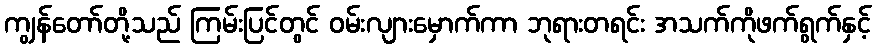
ကျွန်တော်တို့သည် ကြမ်းပြင်တွင် ဝမ်းလျားမှောက်ကာ ဘုရားတရင်း အသက်ကိုဖက်ရွက်နှင့်